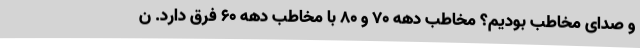
و صدای مخاطب بودیم؟ مخاطب دهه 70 و 80 با مخاطب دهه 60 فرق دارد. ن